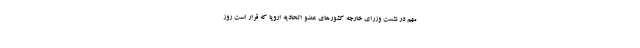
مهم در نشست وزرای خارجه کشورهای عضو اتحادیه اروپا که قرار است روز